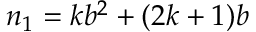
n _ { 1 } = k b ^ { 2 } + ( 2 k + 1 ) b